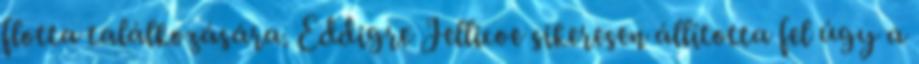
flotta találkozására. Eddigre Jellicoe sikeresen állította fel úgy a